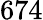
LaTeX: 674